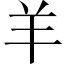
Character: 羊